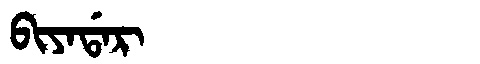
Manchu: ᠪᡳᠶᠠᡩᠠᡵ
Romanization: BIYADAR